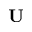
\mathbf { U }